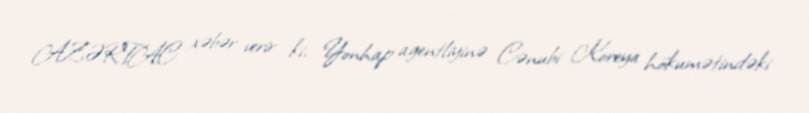
AZƏRTAC xəbər verir ki, Yonhap agentliyinə Cənubi Koreya hökumətindəki